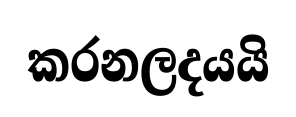
කරනලදයයි